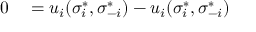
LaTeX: \begin{array} { r l r l } { 0 } & { { } = u _ { i } ( \sigma _ { i } ^ { * } , \sigma _ { - i } ^ { * } ) - u _ { i } ( \sigma _ { i } ^ { * } , \sigma _ { - i } ^ { * } ) } \end{array}